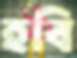
হবি